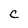
Character: c